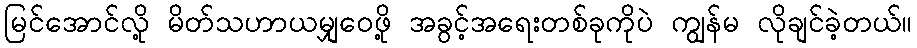
မြင်အောင်လို့ မိတ်သဟာယမျှဝေဖို့ အခွင့်အရေးတစ်ခုကိုပဲ ကျွန်မ လိုချင်ခဲ့တယ်။